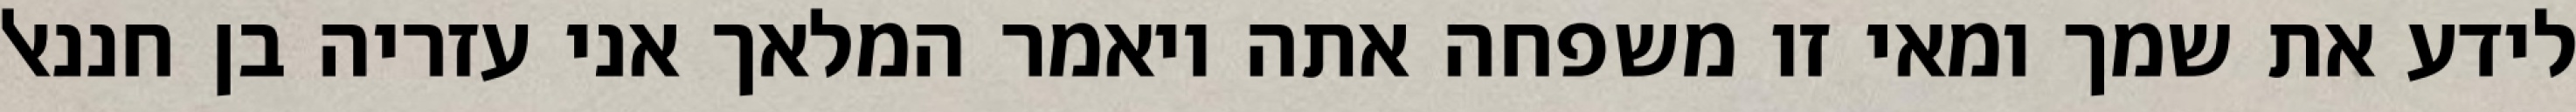
לידע את שמך ומאי זו משפחה אתה ויאמר המלאך אני עזריה בן חננאל